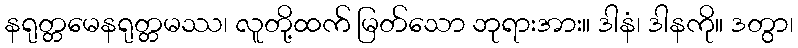
နရုတ္တမေနရုတ္တမဿ၊ လူတို့ထက် မြတ်သော ဘုရားအား။ ဒါနံ၊ ဒါနကို။ ဒတွာ၊